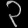
Digit: ၃